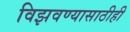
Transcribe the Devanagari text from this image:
विझवण्यासाठीही